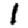
Digit: 1